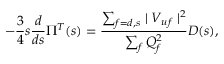
- \frac { 3 } { 4 } s \frac { d } { d s } \Pi ^ { T } ( s ) = \frac { \sum _ { f = d , s } \mid V _ { u f } \mid ^ { 2 } } { \sum _ { f } Q _ { f } ^ { 2 } } D ( s ) ,